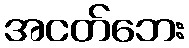
အငတ်ဘေး